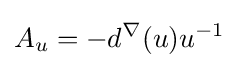
A_{u}=-d^{\nabla }(u)u^{-1}